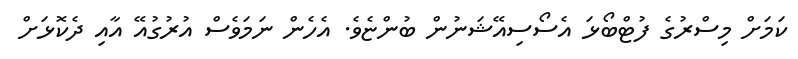
ކަމަށް މިސްރުގެ ފުޓްބޯޅަ އެސޯސިއޭޝަނުން ބުންޏެވެ. އެހެން ނަމަވެސް އުރުގުއޭ އާއި ދެކޮޅަށް